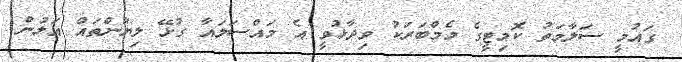
ގައުމީ ސަލާމަތު ކޮމިޓީގެ މެމްބަރަކު ވިދާޅުވީ އެ މައްސަލައާ ގުޅޭ ލިޔުންތައް އަލުން